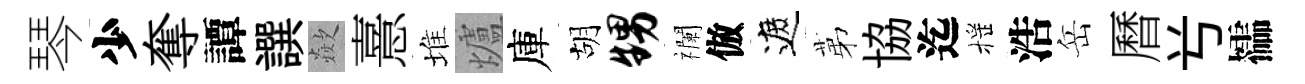
琴少奪譚譔歘憙堆爐庫胡甥襴倣遮苐協迄摇浩岳曆𠔃櫺